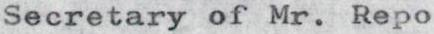
Secretary of Mr. Repo